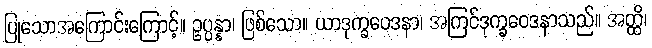
ပြုသောအကြောင်းကြောင့်။ ဥပ္ပန္နာ၊ ဖြစ်သော။ ယာဒုက္ခဝေဒနာ၊ အကြင်ဒုက္ခဝေဒနာသည်။ အတ္ထိ၊